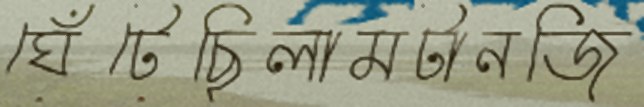
ঘেঁটেছিলামটানজি